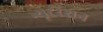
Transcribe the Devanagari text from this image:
न्यूट्ररेशन